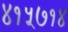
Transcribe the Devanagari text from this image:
४१५७१४